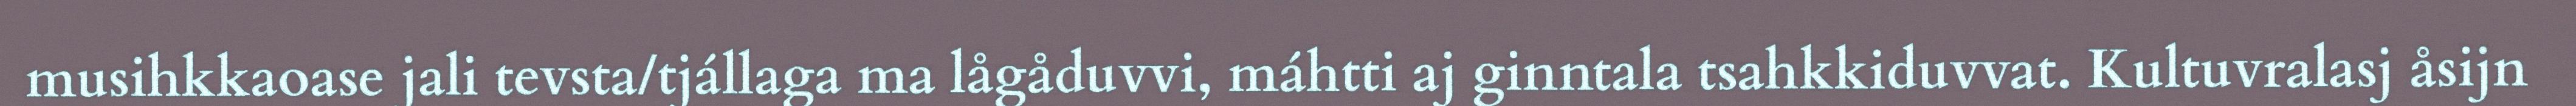
musihkkaoase jali tevsta/tjállaga ma lågåduvvi, máhtti aj ginntala tsahkkiduvvat. Kultuvralasj åsijn